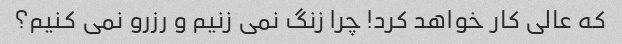
که عالی کار خواهد کرد! چرا زنگ نمی زنیم و رزرو نمی کنیم؟